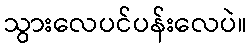
သွားလေပင်ပန်းလေပဲ။